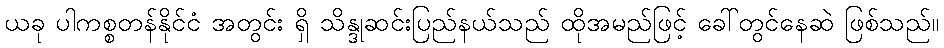
ယခု ပါကစ္စတန်နိုင်ငံ အတွင်း ရှိ သိန္ဒုဆင်းပြည်နယ်သည် ထိုအမည်ဖြင့် ခေါ်တွင်နေဆဲ ဖြစ်သည်။